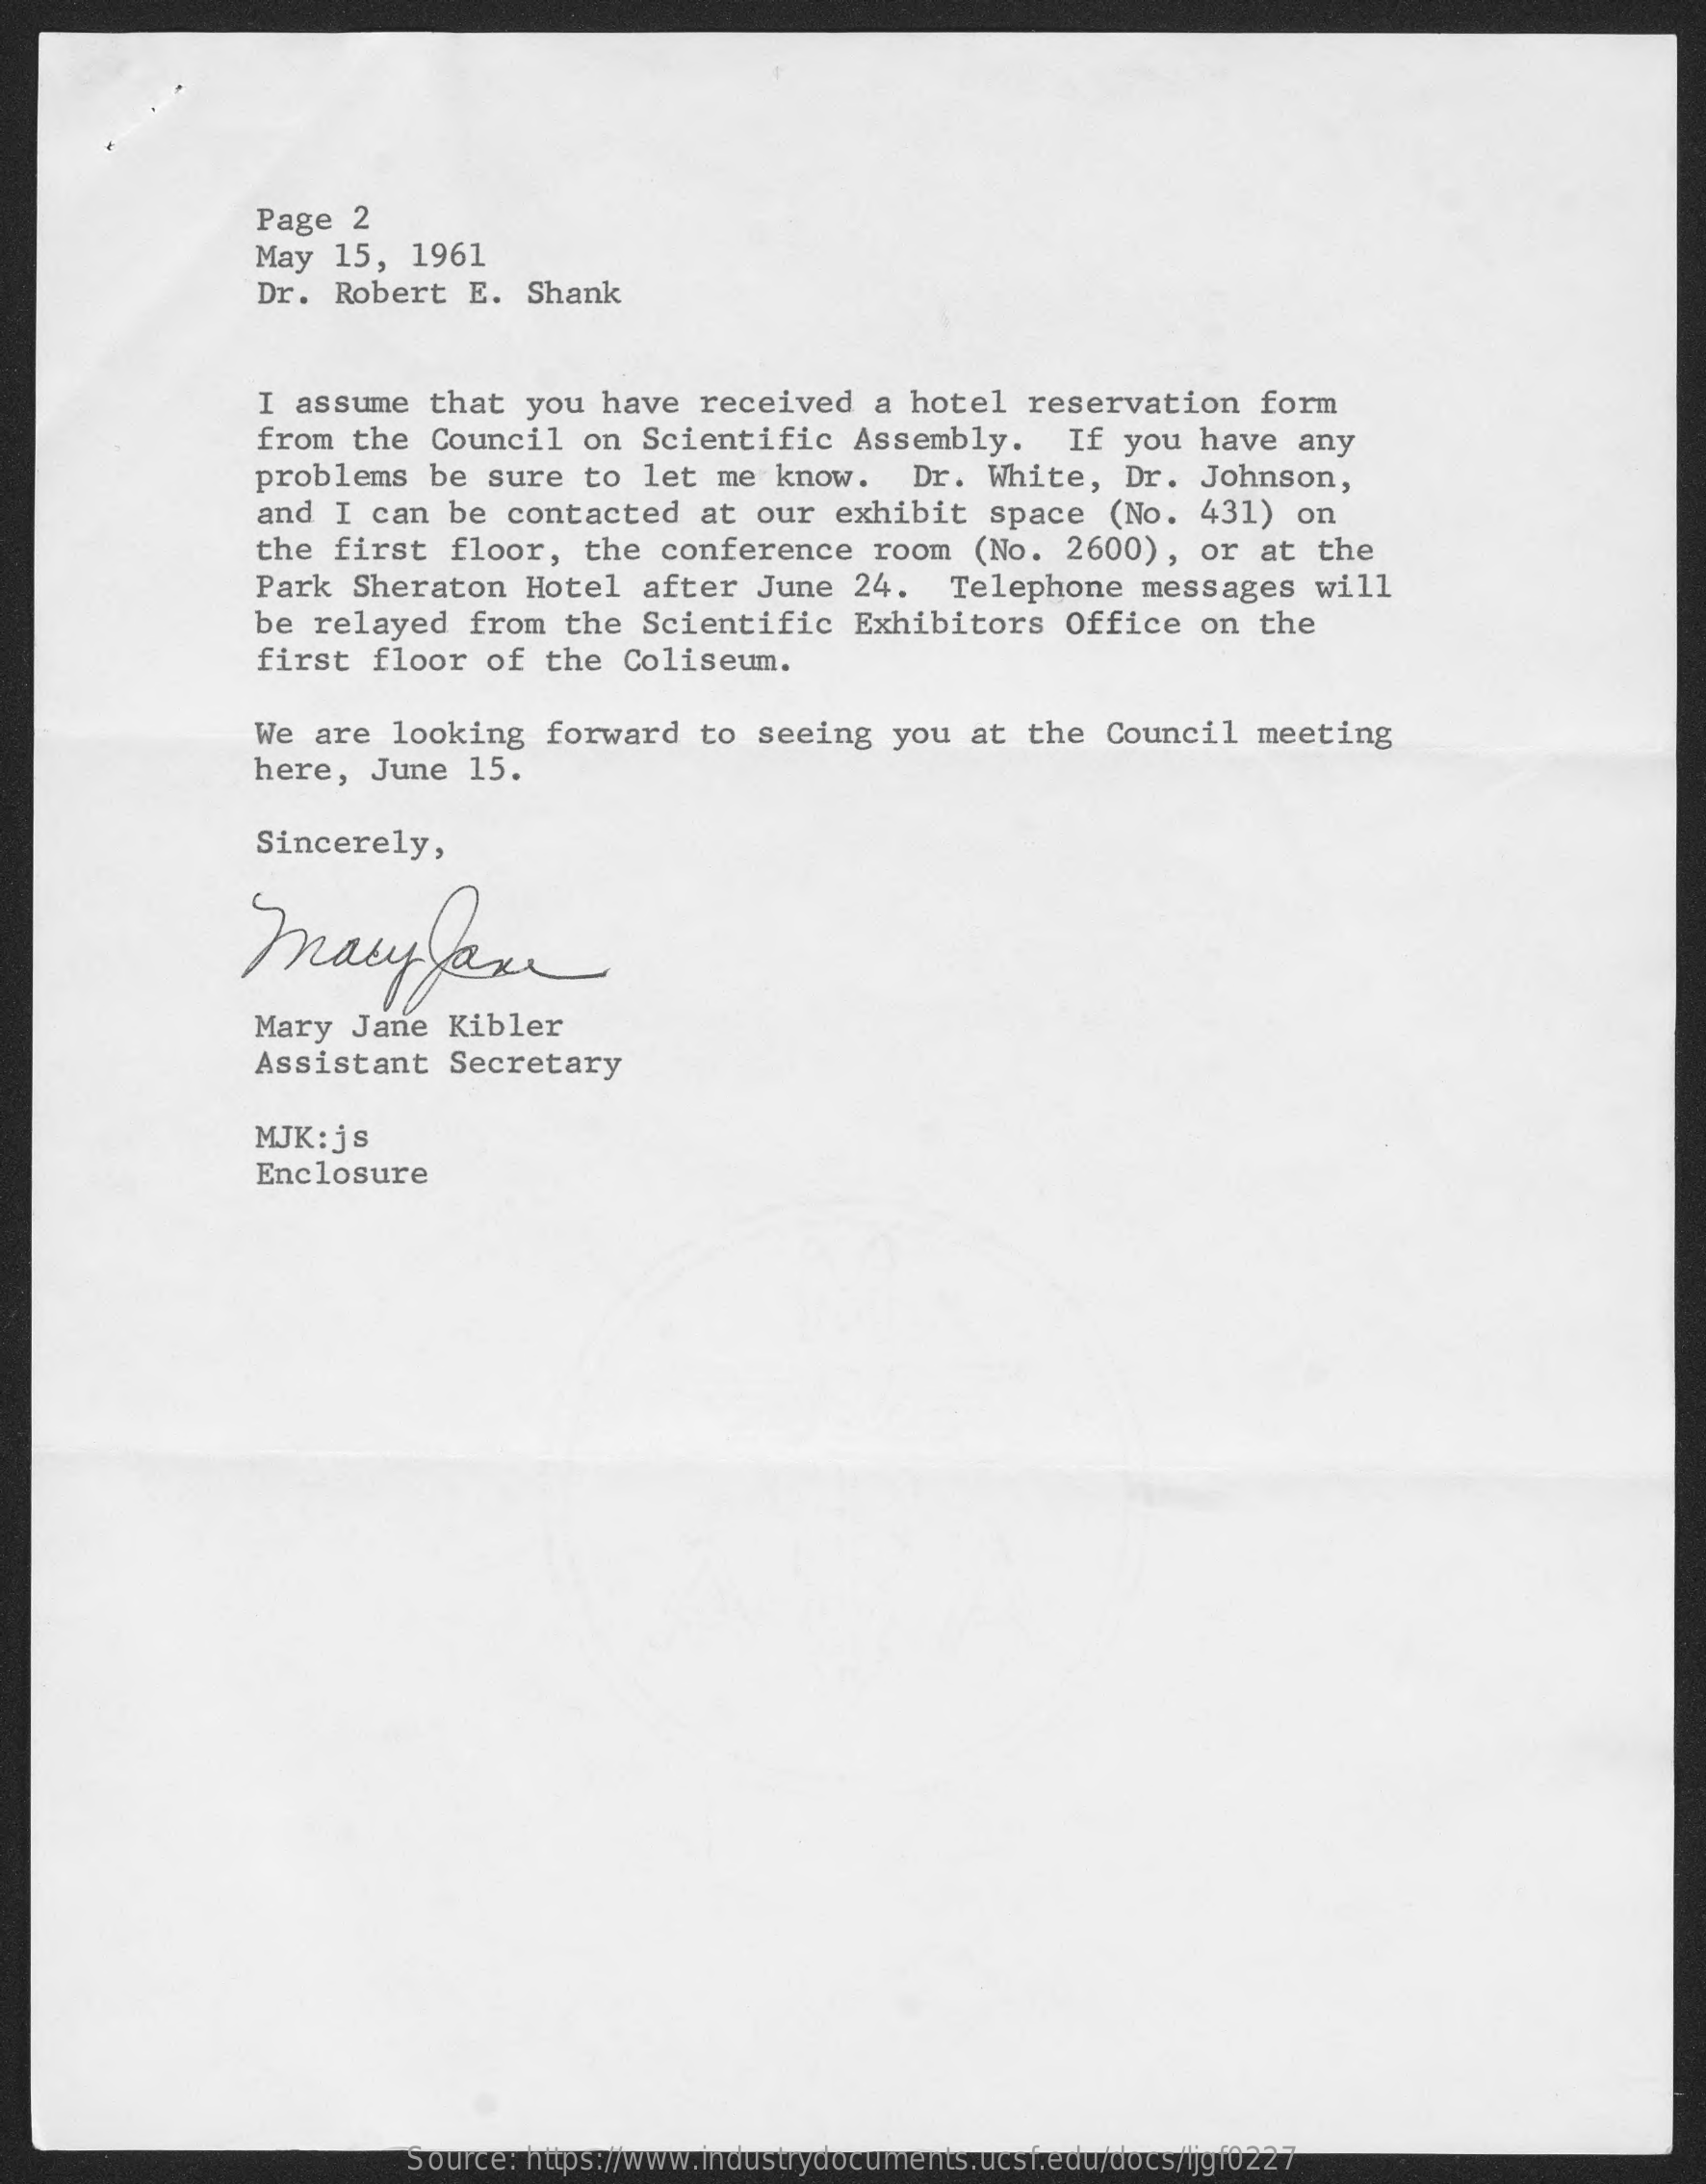
Page   2
     May  15,  1961
     Dr.  Robert   E.  Shank
     I  assume  that   you  have  received    a hotel   reservation    form
     from  the  Council    on  Scientific    Assembly.    If you  have   any
     problems   be  sure   to  let me  know.    Dr.  White,   Dr.   Johnson,
     and  I can   be contacted    at  our  exhibit    space  (No.   431)  on
     the  first   floor,   the  conference    room  (No.   2600),   or  at the
     Park  Sheraton    Hotel   after  June   24.   Telephone    messages   will
     be  relayed   from  the   Scientific    Exhibitors   Office    on the
     first   floor  of  the  Coliseum.
     We  are  looking   forward   to  seeing   you  at  the  Council   meeting
     here,  June   15.
     Sincerely,
     maryfare
     Mary  Jane   Kibler
     Assistant    Secretary
     MJK: js
     Enclosure
     Source: https://www.industrydocuments.ucsf.edu/docs/ljgf0227